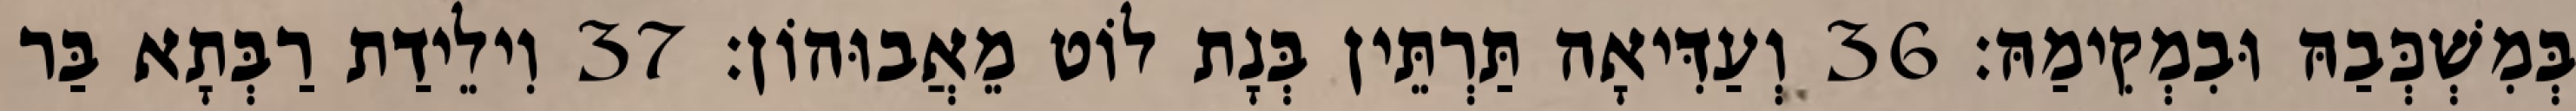
בְּמִשְׁכְּבַהּ וּבִמְקִימַהּ׃ 36 וְעַדִּיאָה תַּרְתֵּין בְּנָת לוֹט מֵאֲבוּהוֹן׃ 37 וִילֵידַת רַבְּתָא בַּר